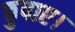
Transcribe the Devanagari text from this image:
छुपाए।